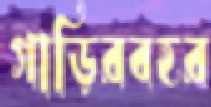
গাড়িরবহর